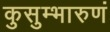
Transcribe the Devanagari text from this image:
कुसुम्भारुणं